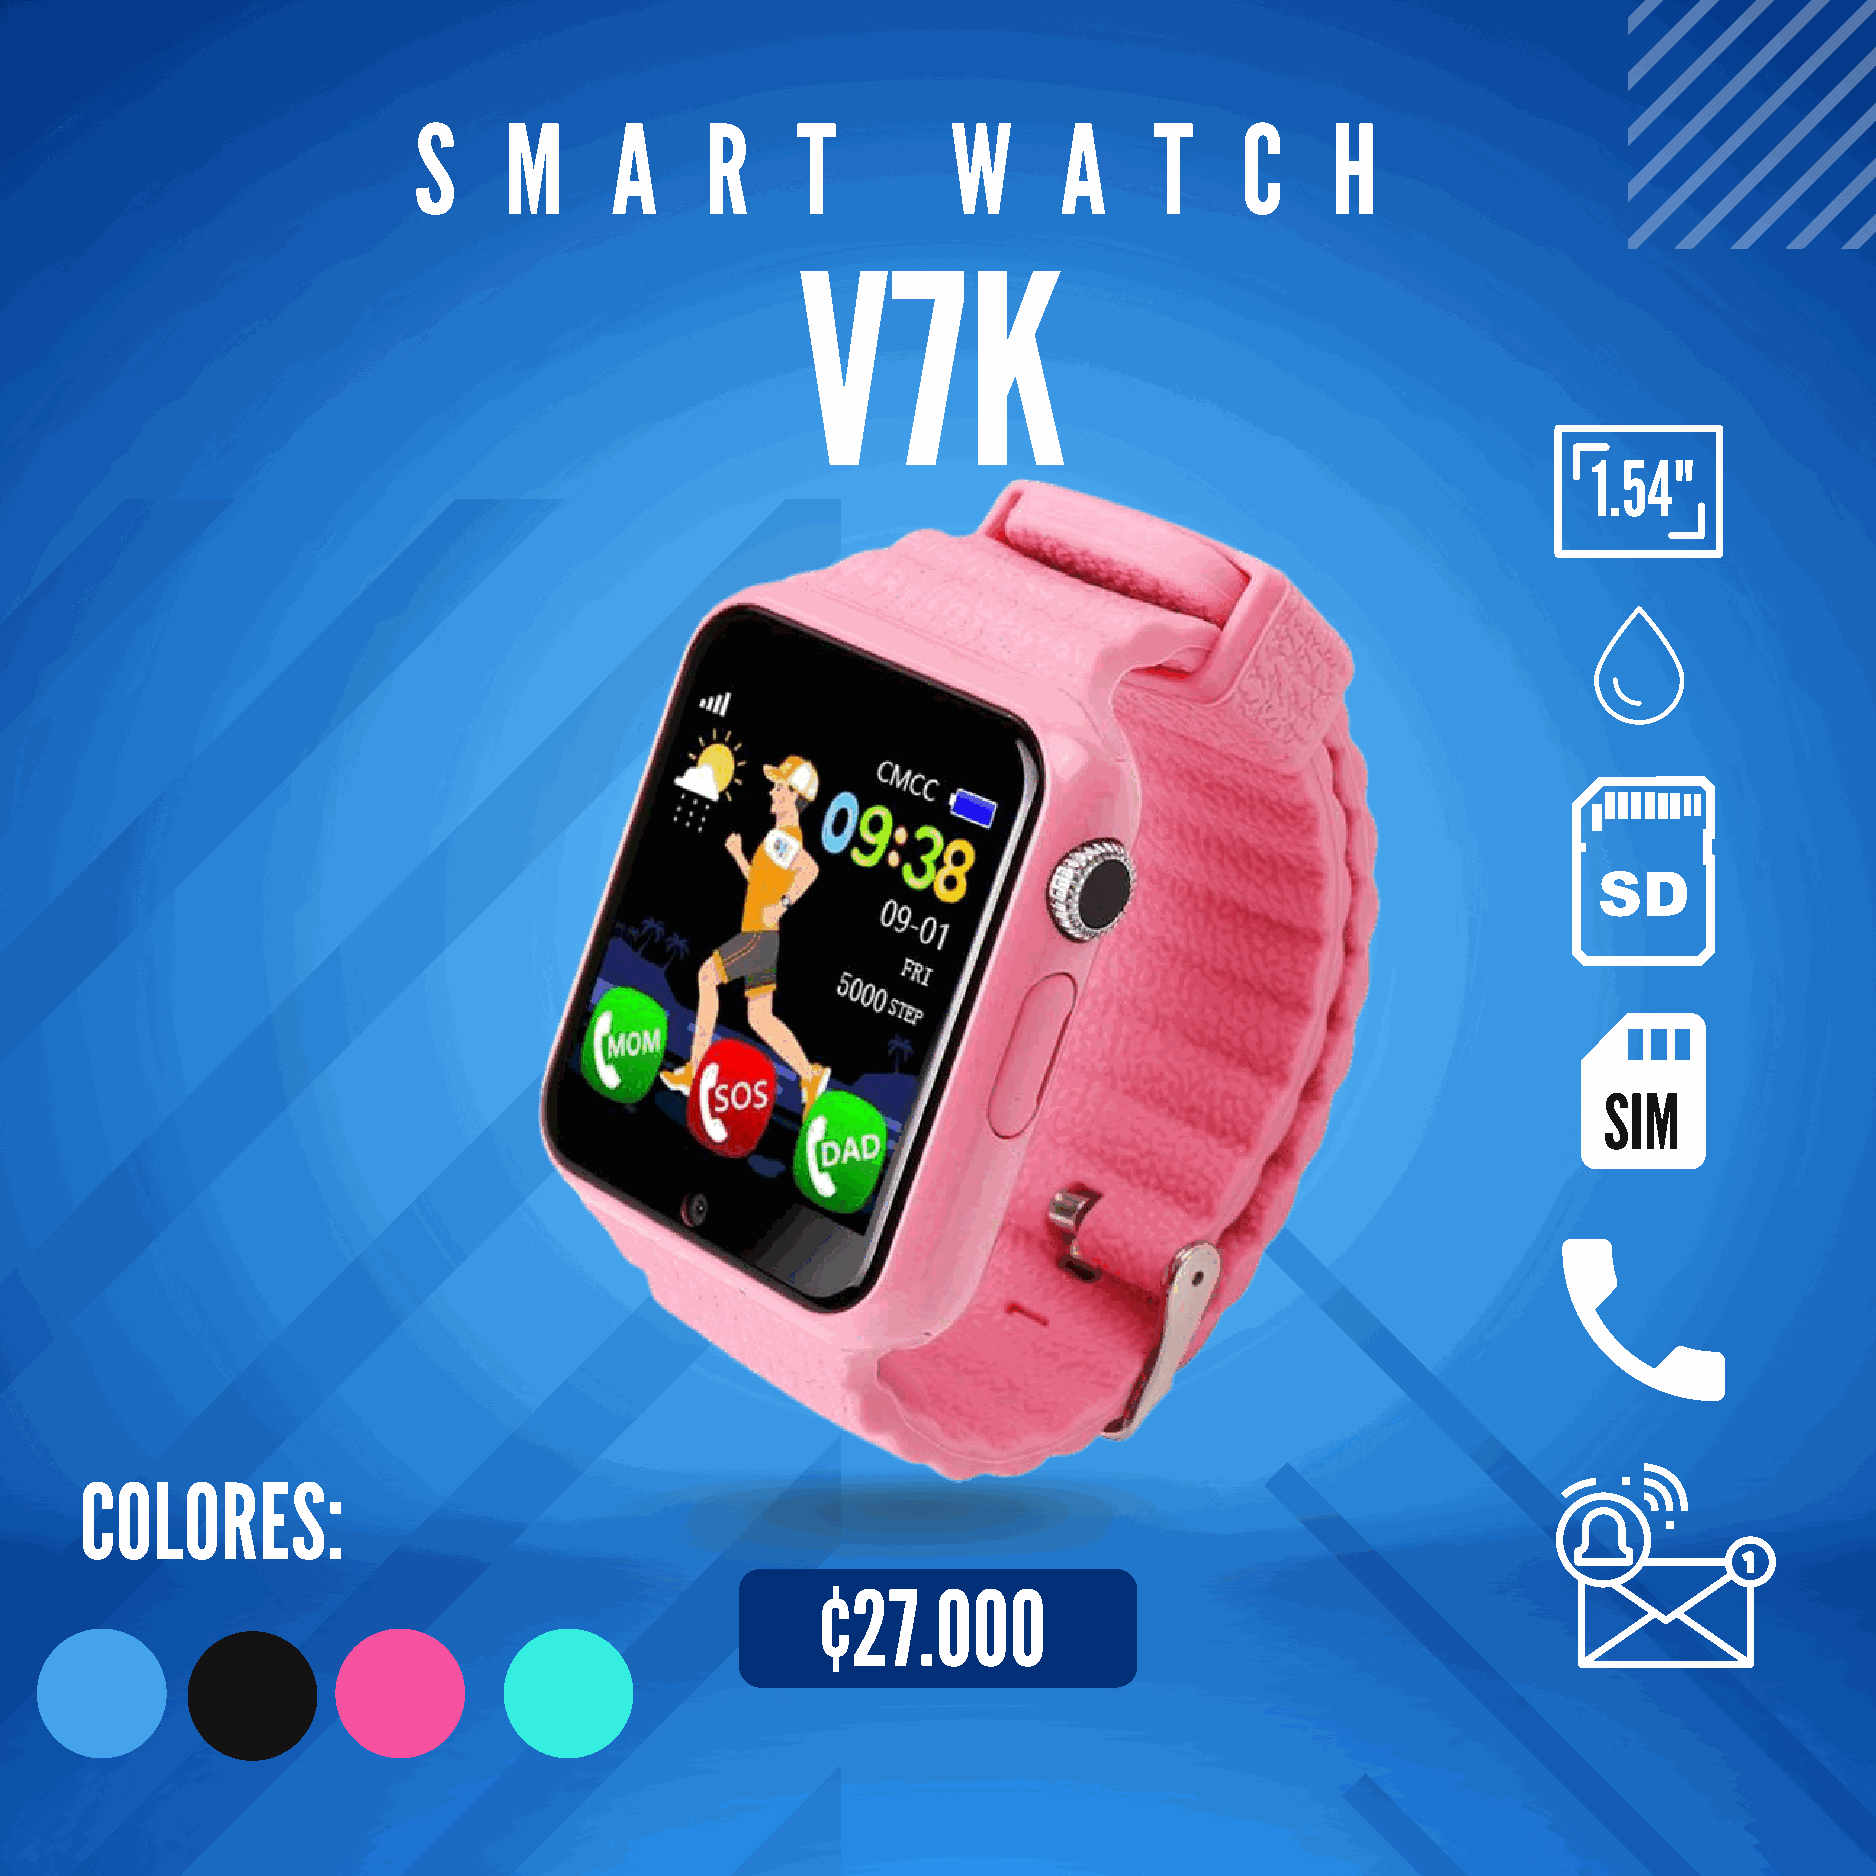
S     M      A      R     T         W      A     T     C     H
 V7K
 1.54"
 SIM
 COLORES:
 ¢27.000